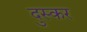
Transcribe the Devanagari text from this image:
दुस्कर